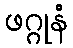
ဖဂ္ဂုနံ